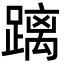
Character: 𮜐